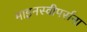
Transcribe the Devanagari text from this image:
माइनस्वीपर्सना